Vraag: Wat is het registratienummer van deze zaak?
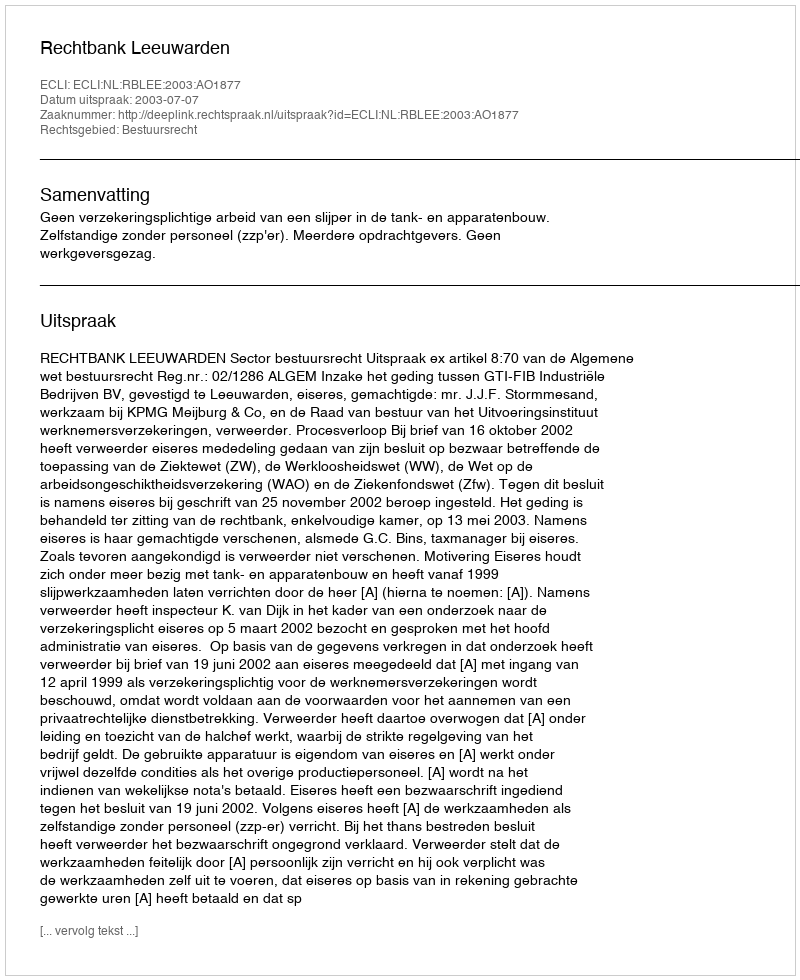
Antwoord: http://deeplink.rechtspraak.nl/uitspraak?id=ECLI:NL:RBLEE:2003:AO1877